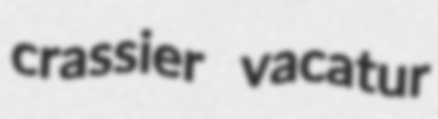
crassier vacatur